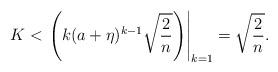
LaTeX: \begin{align*} K<\left.\left(k(a+\eta)^{k-1}\sqrt{\frac{2}{n}}\right)\right|_{k=1}= \sqrt{\frac{2}{n}}.\end{align*}